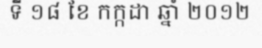
ទី ១៨ ខែ កក្កដា ឆ្នាំ ២០១២